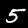
Label: 5